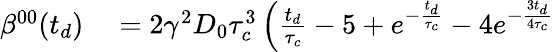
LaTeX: \begin{array}{rl}{\beta^{00}(t_{d})}&{{}=2\gamma^{2}D_{0}\tau_{c}^{3}\left(\frac{t_{d}}{\tau_{c}}-5+e^{-\frac{t_{d}}{\tau_{c}}}-4e^{-\frac{3t_{d}}{4\tau_{c}}}\right.}\end{array}